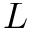
L